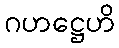
ဂဟဋ္ဌေဟိ